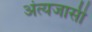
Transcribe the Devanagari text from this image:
अंत्यजासी